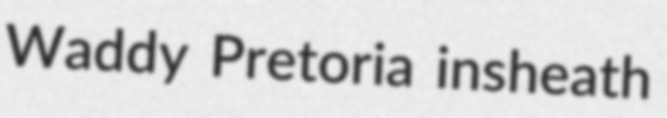
Waddy Pretoria insheath